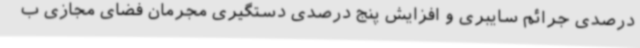
درصدی جرائم سایبری و افزایش پنج درصدی دستگیری مجرمان فضای مجازی ب